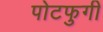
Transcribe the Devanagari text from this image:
पोटफुगी